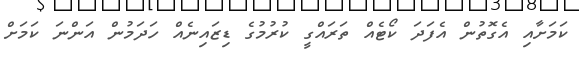
ކަމަށާއި އެގޮތުން އެފަދަ ކޯޓެއް ތަރައްގީ ކުރުމުގެ ޑިޒައިނެއް ހަދަމުން އަންނަ ކަމަށް